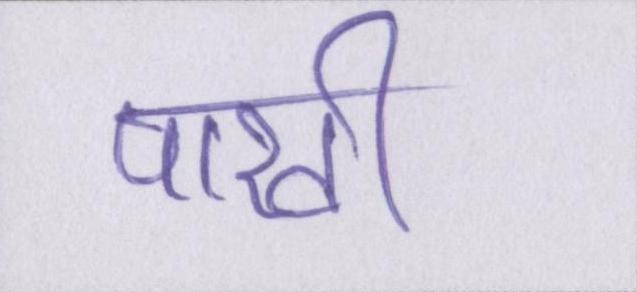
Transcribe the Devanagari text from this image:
पाखी